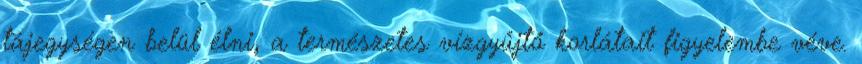
tájegységen belül élni, a természetes vízgyűjtő korlátait figyelembe véve.